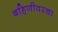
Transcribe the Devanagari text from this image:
बहिणीवरचा